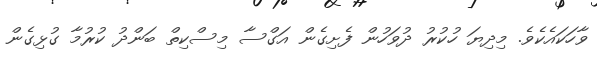
ވާހަކައެކެވެ. މިދިޔަ ހުކުރު ދުވަހުން ފެށިގެން އަގްސާ މިސްކިތް ބަންދު ކުރުމާ ގުޅިގެން